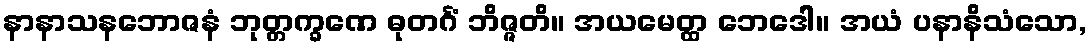
နာနာသနဘောဇနံ ဘုတ္တက္ခဏေ ဓုတင်္ဂံ ဘိဇ္ဇတိ။ အယမေတ္ထ ဘေဒေါ။ အယံ ပနာနိသံသော,